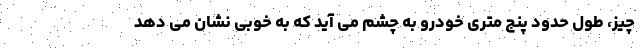
چیز، طول حدود پنج متری خودرو به چشم می آید که به خوبی نشان می دهد